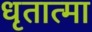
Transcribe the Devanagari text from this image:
धृतात्मा